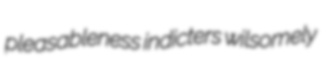
pleasableness indicters wilsomely